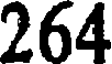
264